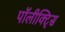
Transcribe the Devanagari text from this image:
पॉलीक्ट्सि